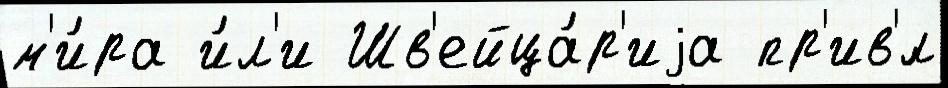
м'и́ра и́л'и Шв'ейца́р'иjа пр'ив'́л